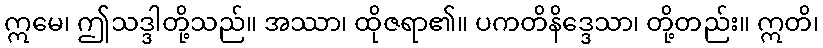
ဣမေ၊ ဤသဒ္ဒါတို့သည်။ အဿာ၊ ထိုဇရာ၏။ ပကတိနိဒ္ဒေသာ၊ တို့တည်း။ ဣတိ၊